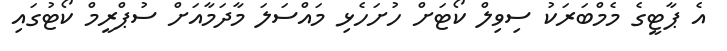
އެ ޕާޓީގެ މެމްބަރަކު ސިވިލް ކޯޓަށް ހުށަހެޅި މައްސަލަ މާދަމާއަށް ސުޕްރީމް ކޯޓުގައި